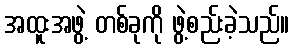
အထူးအဖွဲ့ တစ်ခုကို ဖွဲ့စည်းခဲ့သည်။